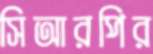
সিআরপির